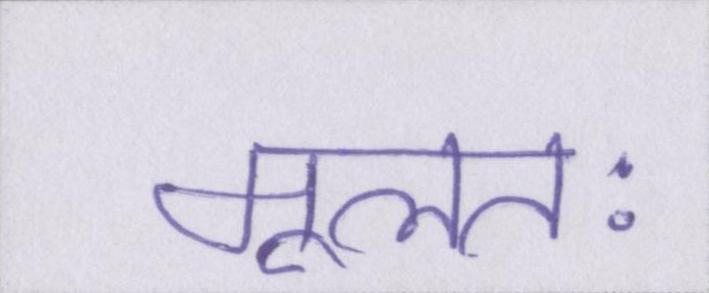
मूलतः